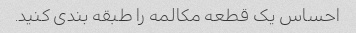
احساس یک قطعه مکالمه را طبقه بندی کنید.